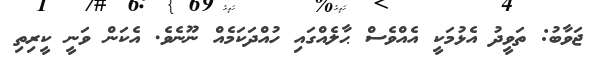
ޖަވާބު: ތަވީދު އެޅުމަކީ އެއްވެސް ޙާލެއްގައި ހުއްދަކަމެއް ނޫނެވެ. އެކަން ވަނީ ކީރިތި